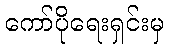
ကော်ပိုရေးရှင်းမှ